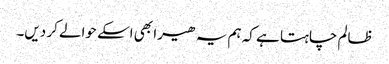
ظالم چاہتا ہے کہ ہم یہ ھیرا بھی اسکے حوالے کر دیں۔